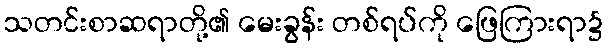
သတင်းစာဆရာတို့၏ မေးခွန်း တစ်ရပ်ကို ဖြေကြားရာ၌